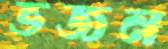
ভজন